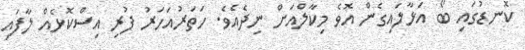
ކޮނޑުގައި ބޯ އަޅާލައިގެން އޮވެ މިކާލްއަށް ނިދެއެވެ. ހަތަރުއަހަރު ފުރި އިސްކޮޅެއް ލާފައި